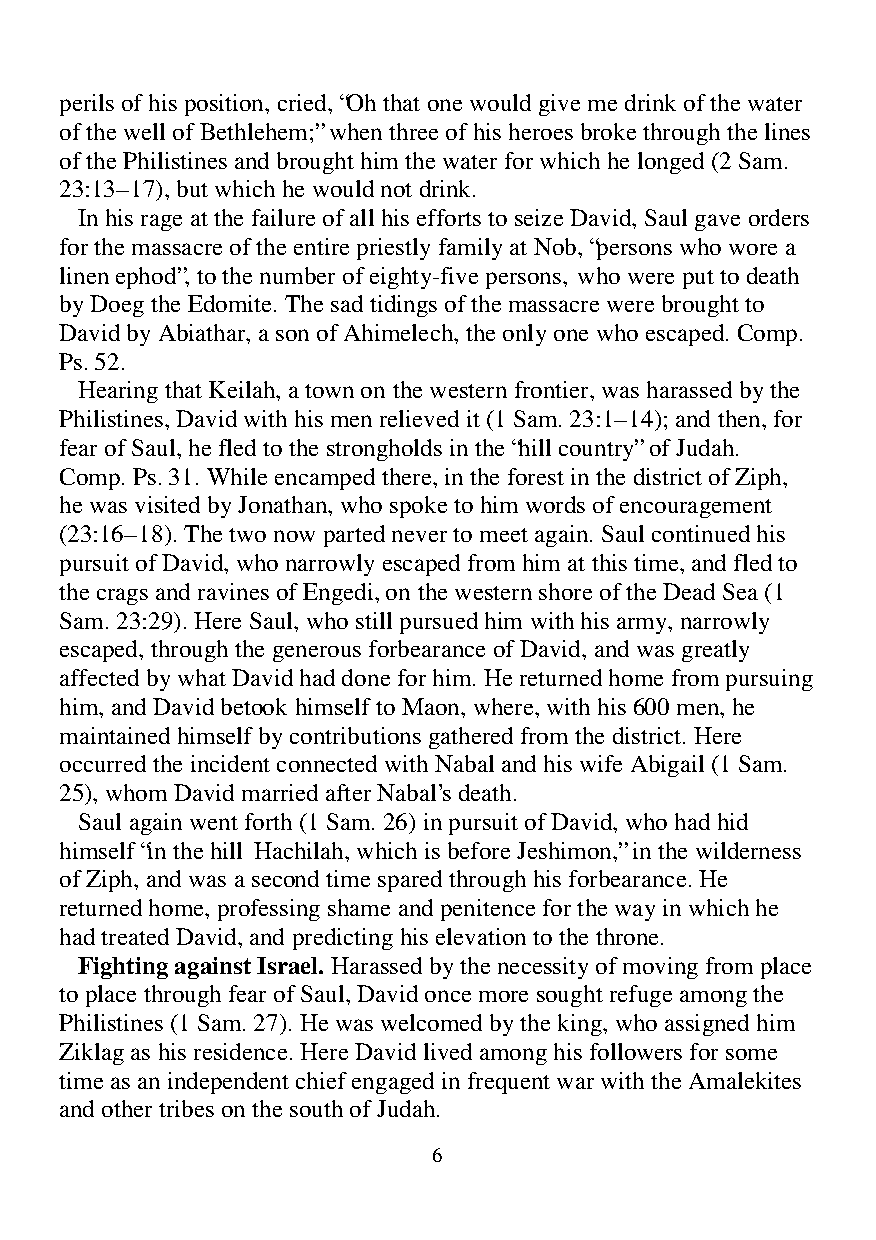
perils of his position, cried, “Oh that one would give me drink of the water
 of the well of Bethlehem;” when three of his heroes broke through the lines
 of the Philistines and brought him the water for which he longed (2 Sam.
 23:13–17), but which he would not drink.
 In his rage at the failure of all his efforts to seize David, Saul gave orders
 for the massacre of the entire priestly family at Nob, “persons who wore a
 linen ephod”, to the number of eighty-five persons, who were put to death
 by Doeg the Edomite. The sad tidings of the massacre were brought to
 David by Abiathar, a son of Ahimelech, the only one who escaped. Comp.
 Ps. 52.
 Hearing that Keilah, a town on the western frontier, was harassed by the
 Philistines, David with his men relieved it (1 Sam. 23:1–14); and then, for
 fear of Saul, he fled to the strongholds in the “hill country” of Judah.
 Comp. Ps. 31. While encamped there, in the forest in the district of Ziph,
 he was visited by Jonathan, who spoke to him words of encouragement
 (23:16–18). The two now parted never to meet again. Saul continued his
 pursuit of David, who narrowly escaped from him at this time, and fled to
 the crags and ravines of Engedi, on the western shore of the Dead Sea (1
 Sam. 23:29). Here Saul, who still pursued him with his army, narrowly
 escaped, through the generous forbearance of David, and was greatly
 affected by what David had done for him. He returned home from pursuing
 him, and David betook himself to Maon, where, with his 600 men, he
 maintained himself by contributions gathered from the district. Here
 occurred the incident connected with Nabal and his wife Abigail (1 Sam.
 25), whom David married after Nabal’s death.
 Saul again went forth (1 Sam. 26) in pursuit of David, who had hid
 himself “in the hill Hachilah, which is before Jeshimon,” in the wilderness
 of Ziph, and was a second time spared through his forbearance. He
 returned home, professing shame and penitence for the way in which he
 had treated David, and predicting his elevation to the throne.
 Fighting against Israel. Harassed by the necessity of moving from place
 to place through fear of Saul, David once more sought refuge among the
 Philistines (1 Sam. 27). He was welcomed by the king, who assigned him
 Ziklag as his residence. Here David lived among his followers for some
 time as an independent chief engaged in frequent war with the Amalekites
 and other tribes on the south of Judah.
 6